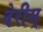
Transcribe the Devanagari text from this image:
वेरीस्